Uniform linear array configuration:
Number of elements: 4
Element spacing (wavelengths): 0.25
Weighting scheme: hann
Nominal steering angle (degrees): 60
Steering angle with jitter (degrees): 60.301
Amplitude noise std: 0.05
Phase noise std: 0.05

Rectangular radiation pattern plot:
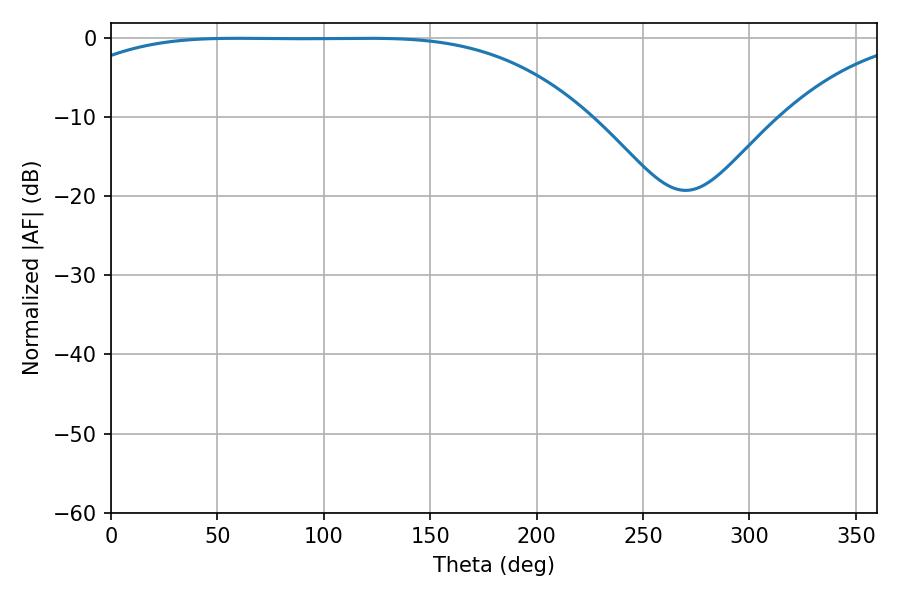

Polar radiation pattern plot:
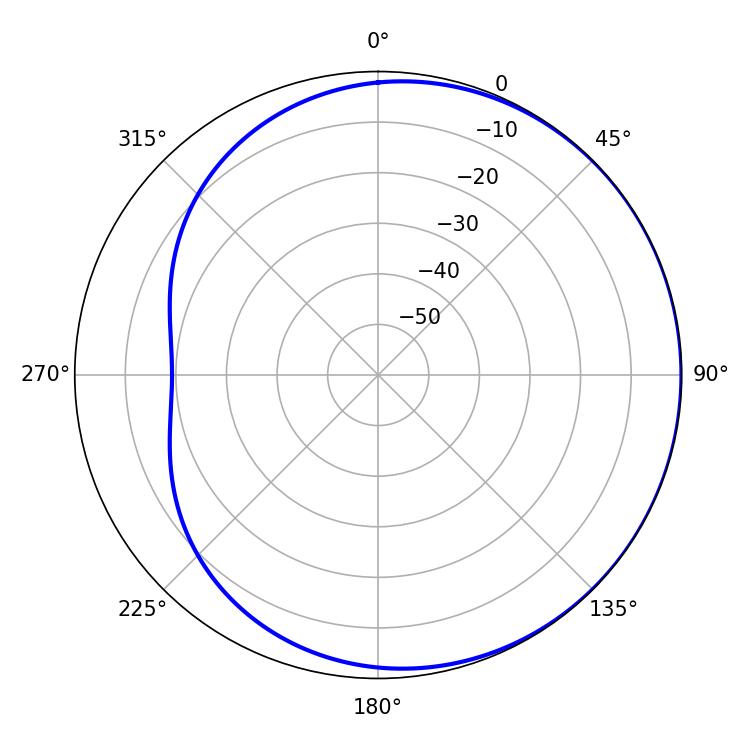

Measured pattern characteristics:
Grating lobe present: FALSE
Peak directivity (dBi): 0.6077
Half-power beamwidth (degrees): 187.74
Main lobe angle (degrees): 59.58